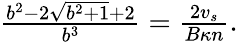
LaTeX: \begin{array}{r}{\frac{b^{2}-2\sqrt{b^{2}+1}+2}{b^{3}}=\frac{2v_{s}}{B\kappa n}.}\end{array}